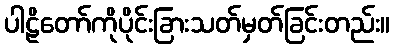
ပါဠိတော်ကိုပိုင်းခြားသတ်မှတ်ခြင်းတည်း။